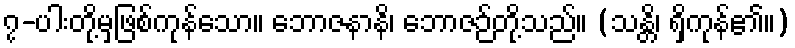
၇-ပါးတို့မှဖြစ်ကုန်သော။ ဘောဇနာနိ၊ ဘောဇဉ်တို့သည်။ (သန္တိ၊ ရှိကုန်၏။)